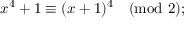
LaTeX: x ^ { 4 } + 1 \equiv ( x + 1 ) ^ { 4 } { \pmod { 2 } } ;